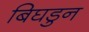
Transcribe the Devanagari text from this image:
बिघडुन